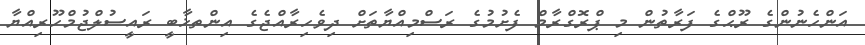
އަންހެނުންގެ ރޫޙްގެ ފަރާތުން މި ޕްރޮގްރާމް ފެށުމުގެ ރަސްމިއްޔާތަށް ދިވެހިރާއްޖެގެ އިންތޚާބީ ރައީސުލްޖުމްހޫރިއްޔާ